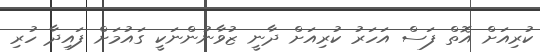
ކުރިއަށް އޮތް ފަސް އަހަރު ކުރިއަށް ދާނީ ޒުވާނުންނަކީ ގައުމަށް ފައިދާ ހުރި